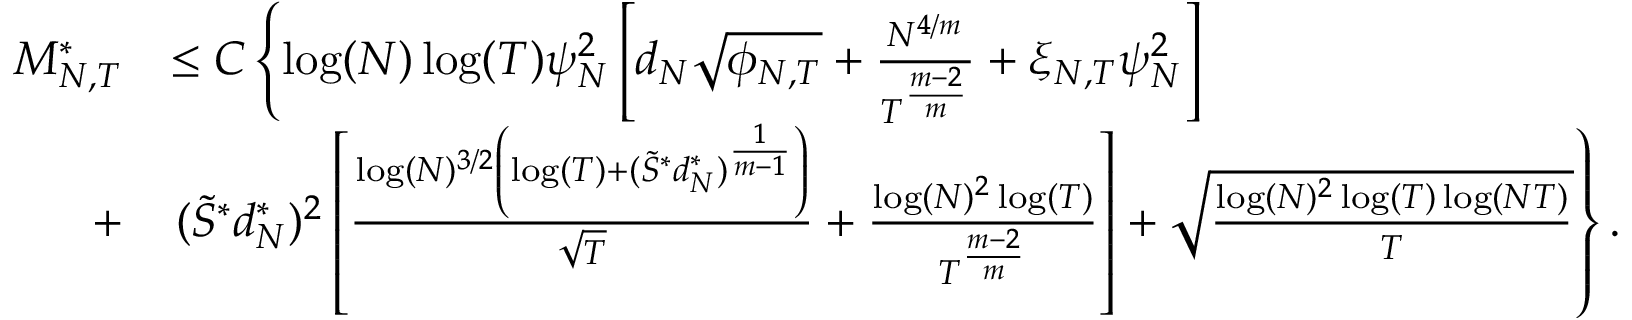
\begin{array} { r l } { { M _ { N , T } ^ { * } } } & { \leq C \left\lbrace \log ( N ) \log ( T ) \psi _ { N } ^ { 2 } \left[ d _ { N } \sqrt { \phi _ { N , T } } + \frac { N ^ { 4 / m } } { T ^ { \frac { m - 2 } { m } } } + \xi _ { N , T } \psi _ { N } ^ { 2 } \right] \right. } \\ { + } & { \left. ( \tilde { S } ^ { * } d _ { N } ^ { * } ) ^ { 2 } \left[ \frac { \log ( N ) ^ { 3 / 2 } \left( \log ( T ) + ( \tilde { S } ^ { * } d _ { N } ^ { * } ) ^ { \frac { 1 } { m - 1 } } \right) } { \sqrt { T } } + \frac { \log ( N ) ^ { 2 } \log ( T ) } { T ^ { \frac { m - 2 } { m } } } \right] + \sqrt { \frac { \log ( N ) ^ { 2 } \log ( T ) \log ( N T ) } { T } } \right\rbrace . } \end{array}